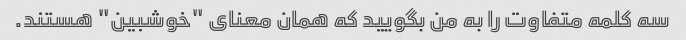
سه کلمه متفاوت را به من بگویید که همان معنای "خوشبین" هستند.